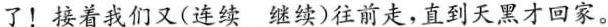
了！接着我们又(连续继续)往前走，直到天黑才回家。